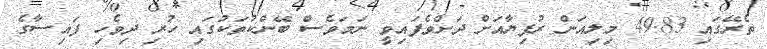
ތެރޭގައި 49.83 މިލިއަން ރުފިޔާއަށް ދަށްވެފައިވީ ނަމަވެސް ބޭންކުތަކުގައި ހުރި ދިވެހި ފައިސާގެ